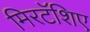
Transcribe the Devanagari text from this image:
मिरटॅशिए